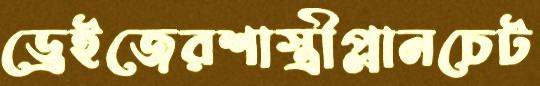
ড্রেইজেরশাস্ত্রীপ্লানচেট